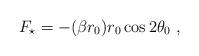
LaTeX: \begin{align*}F_\star = -(\beta r_0)r_0\cos 2\theta_0~,\end{align*}